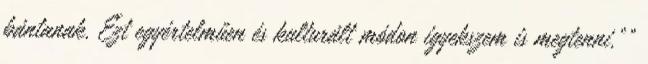
bántanak. Ezt egyértelműen és kulturált módon igyekszem is megtenni.""